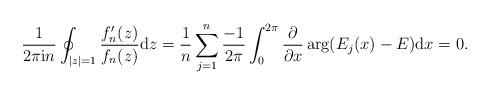
LaTeX: \begin{align*}\frac{1}{2\pi\mathrm{i}n}\oint_{|z|=1}\frac{f'_{n}(z)}{f_{n}(z)} \mathrm{d}z=\frac{1}{n}\sum_{j=1}^{n}\frac{-1}{2\pi}\int_{0}^{2\pi} \frac{\partial}{\partial x} \arg(E_{j}(x)-E)\mathrm{d}x=0.\end{align*}